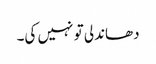
دھاندلی تو نہیں کی۔